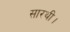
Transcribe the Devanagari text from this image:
सारथी।